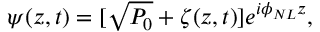
\psi ( z , t ) = [ \sqrt { P _ { 0 } } + \zeta ( z , t ) ] e ^ { i \phi _ { N L } z } ,